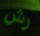
رش